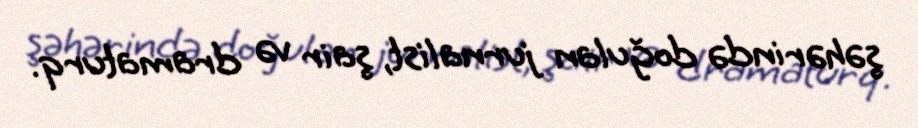
şəhərində doğulan jurnalist, şair və dramaturq.